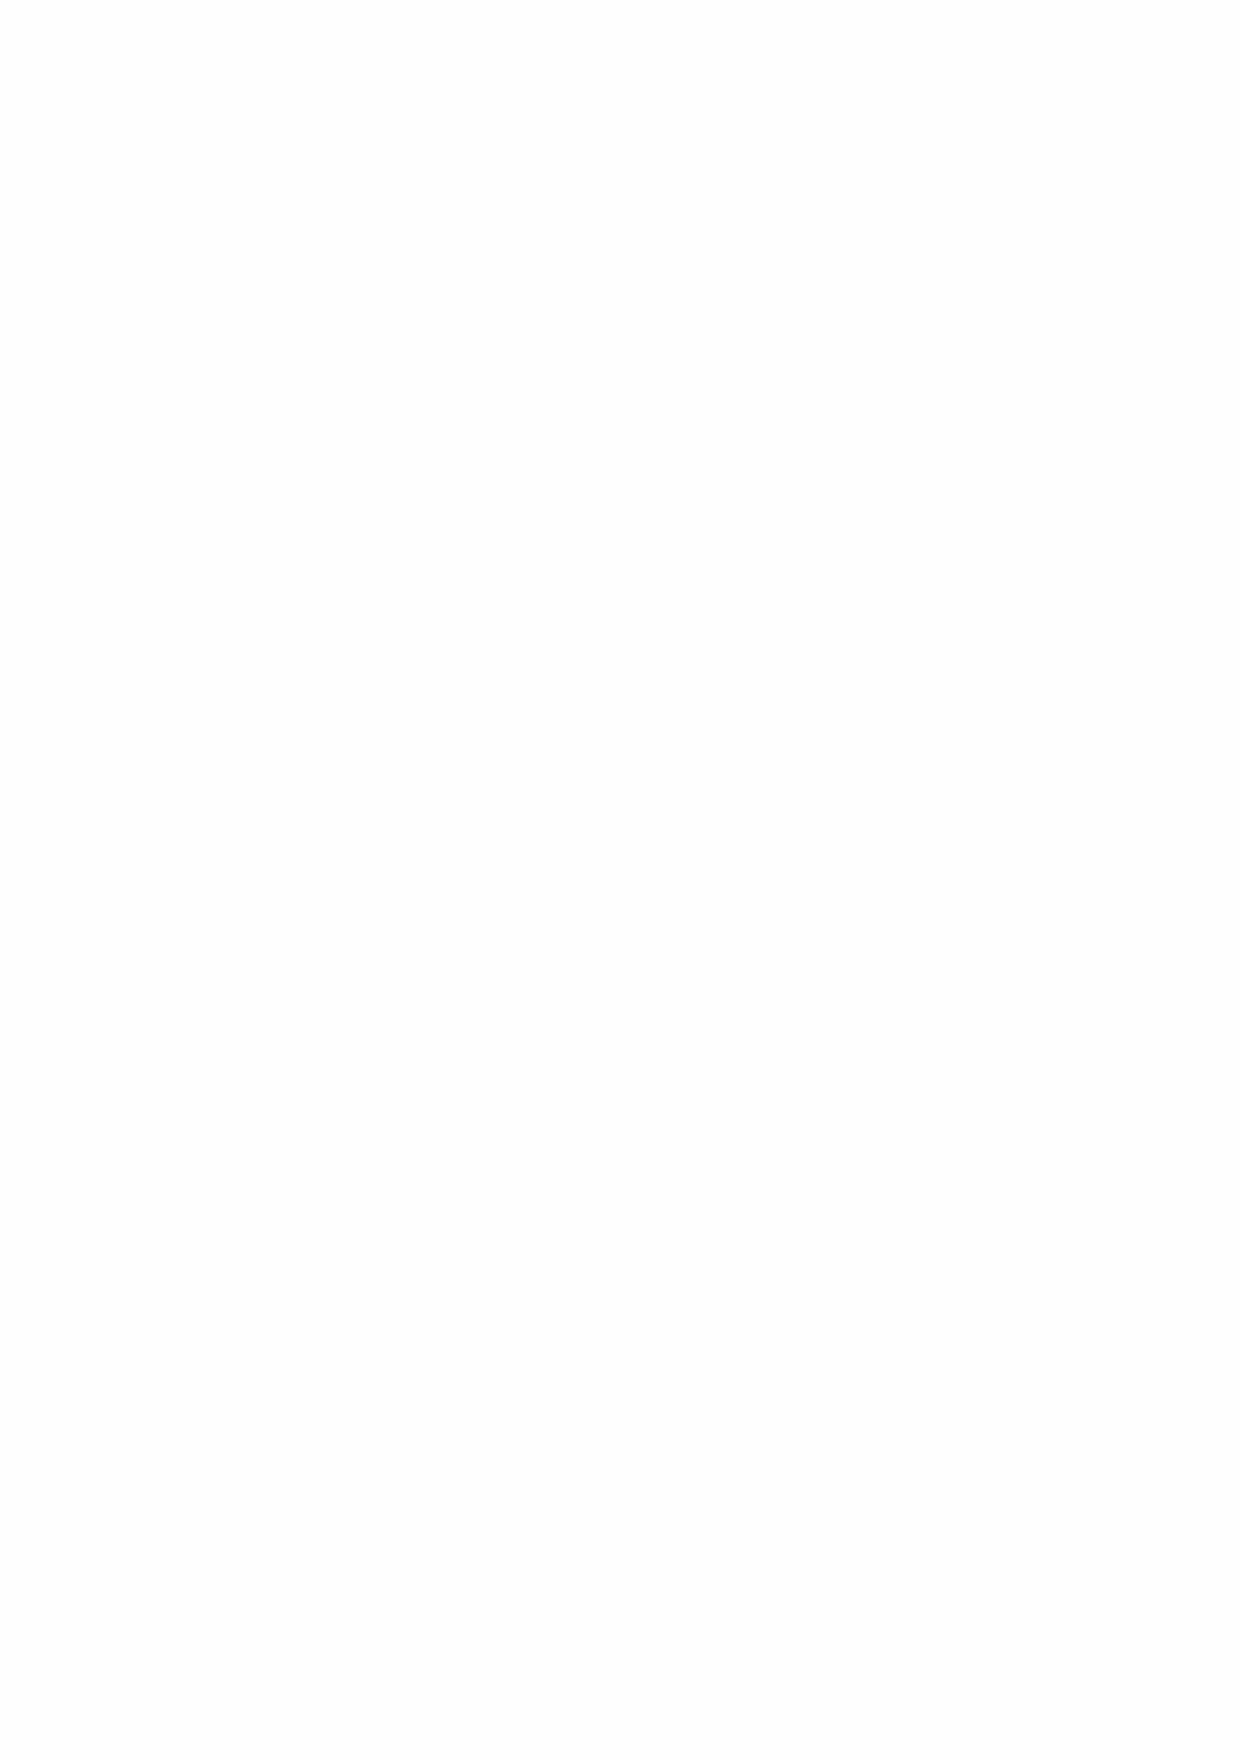
provides an assessment of the risk processes and policies to the Advisory Board. The Audit
 Committee met four times in 2019/20.
 The Committee reviewed the statutory accounts and received the reports of the external auditors.
 During the year, Crowe Clark Whitehill, the Hospital’s internal auditors, also presented reports on
 procurement and heritage asset management.
 The Audit Committee was comprised of Advisory Board members Mathew Thorne (Chair), Ian
 Harwood and Richard Hunting. Matthew Thorne stood down from the Committee in January 2020.
 Richard Hunting is currently standing in as Chair prior to a new Chair being recruited.
 5.1.5 Royal Hospital School Committee (RHSC)
 The RHSC exists to advise the Greenwich Hospital Advisory Board on the progress of the Royal
 Hospital School towards achieving the overarching aims set by the Secretary of State for Defence
 and its path to an appropriate form of independence. The RHSC is appointed by the Advisory
 Board and comprises at least two non-executive members, the Director of Greenwich Hospital and
 the Clerk-in-Charge. The focus of the Committee during the year has been the School’s capital
 development plan and fundraising. The Committee has also discussed the School’s Key
 Performance Indicators.
 5.1.6 Nomination Committee
 The Nomination Committee advises the on the composition of the Advisory Board and Advisory
 Panel and the remuneration and objectives of the Director of Greenwich Hospital. The Nomination
 Committee met once during 2019/20.
 5.1.7 Director of Greenwich Hospital
 The Director of Greenwich Hospital is responsible by an order in Council and a directive from the
 Secretary of State our Sole Trustee for the proper and effective conduct of the functions of
 Greenwich Hospital including the regularity and propriety of the Hospital’s administration, adhering
 faithfully to the spirit of the Charter and complying with the relevant statutes.
 5.1.8 Senior Executive Staff
 The Director is authorised to delegate his powers and responsibilities to members of Greenwich
 Hospital staff as he sees fit except for the power to authenticate the seal of the Secretary of State
 which authority is solely given to the Director and Clerk-in-Charge. Such delegation is made on a
 personal basis and in writing. In addition, the Clerk-in-Charge of Greenwich Hospital, who is for
 the time being a serving civilian officer of the Ministry of Defence, is authorised to assume any of
 these powers and responsibilities in the Director's absence without specific further direction.
 During the year the senior staff of the Hospital were:
 Hugh Player     Director (stepped down from administrative duties from October 2019
 and left June 2020)
 Andrew Turner   Director (Interim) (from November 2019)
 John Gamp       Clerk-in-Charge/Charity Director
 Gillie Bexson   Director of Property (to December 2020)
 Alison Gardner  Director of Finance (to March 2020)
 John Tyson      Director of Finance (from March 2020)
 Howard Cattermole Hospital Secretary (to September 2020)
 Shakeela Bagus  Head of Charity (to July 2020)
 Kim Richardson  Navy Liaison and Head of Charity (Delivery)
 Simon Lockyer   Headmaster, Royal Hospital School
 Anthony McNiff  Director of Finance & Operations RHS (to August 2020)
 Lisa Jillet     Interim Director of Finance & Operations RHS (from August 2020)
 24